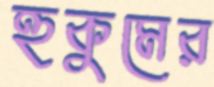
হুকুমের